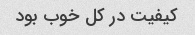
کیفیت در کل خوب بود